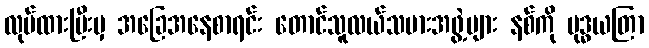
လုပ်ထားပြီးမှ အခြေအနေစာရင်း တောင်သူလယ်သမားအဖွဲ့များ နစ်ကို ဗုဒ္ဓယတြာ